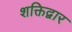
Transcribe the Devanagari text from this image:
शक्तिद्वार